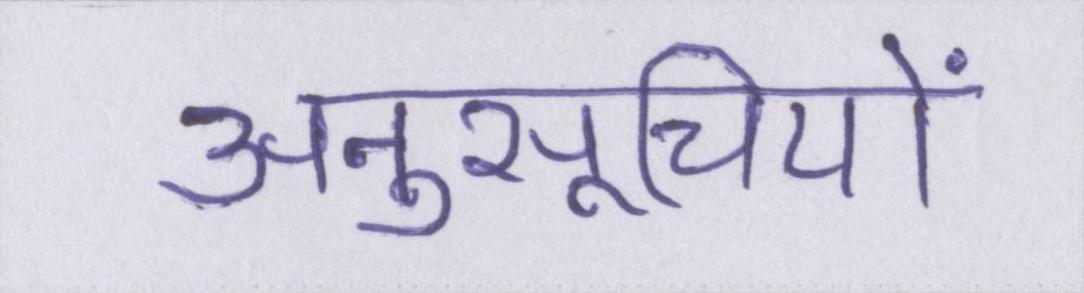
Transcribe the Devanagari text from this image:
अनुसूचियों